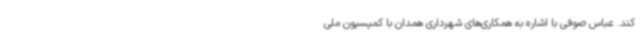
کند. عباس صوفی با اشاره به همکاری‌های شهرداری همدان با کمیسیون ملی